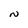
Character: N